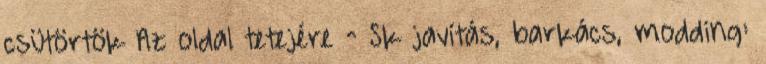
csütörtök Az oldal tetejére ^ Sk javítás, barkács, modding: